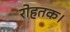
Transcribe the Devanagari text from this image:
रोहतक।